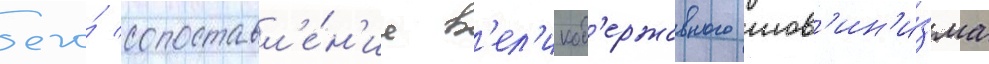
его́ сопоставл'е́н'ие в'ел'икод'ержавного шов'ин'и́зма